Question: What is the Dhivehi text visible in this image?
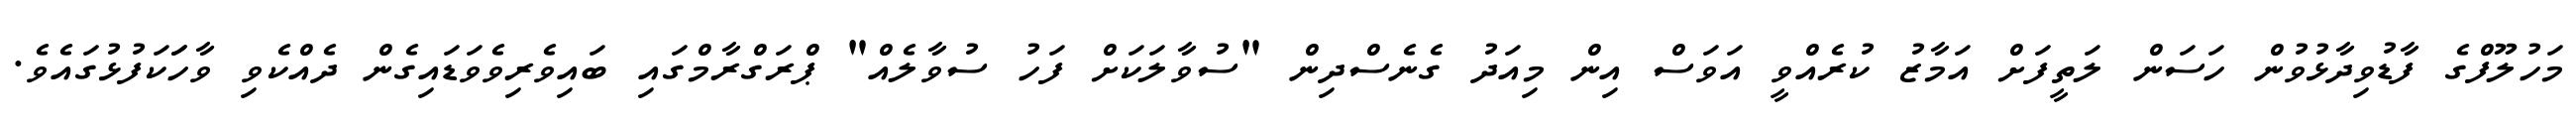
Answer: މަހުލޫފްގެ ފާޑުވިދާޅުވުން ހަސަން ލަތީފަށް އަމާޒު ކުރެއްވީ އަވަސް އިން މިއަދު ގެނެސްދިން "ސުވާލަކަށް ފަހު ސުވާލެއް" ޕްރަގްރާމްގައި ބައިވެރިވެވަޑައިގެން ދެއްކެވި ވާހަަކަފުޅުގައެވެ.